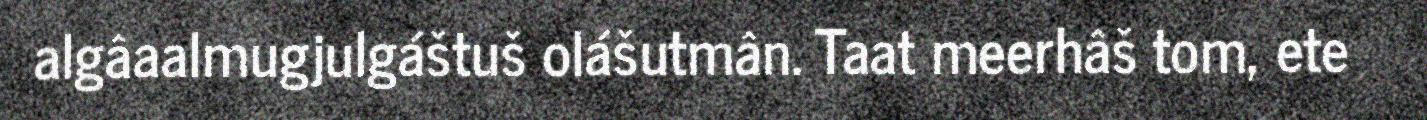
algâaalmugjulgáštuš olášutmân. Taat meerhâš tom, ete